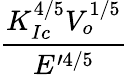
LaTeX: \frac{K_{Ic}^{4/5}V_{o}^{1/5}}{E^{\prime 4/5}}